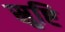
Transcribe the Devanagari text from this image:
स्रुष्टि